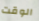
الوقت